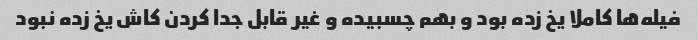
فیله‌ها کاملا یخ زده بود و بهم چسبیده و غیر قابل جدا کردن کاش یخ زده نبود